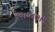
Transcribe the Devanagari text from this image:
११।५।७।९